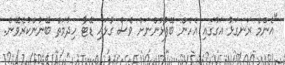
"އެންމެ ރަނގަޅު އަގުގައި އެެހެން ބޭފުޅުންނަށް ވެސް ގުޅައި ޑޭޓާ ހިދުމަތް ބޭނުންކުރެވޭނެ.